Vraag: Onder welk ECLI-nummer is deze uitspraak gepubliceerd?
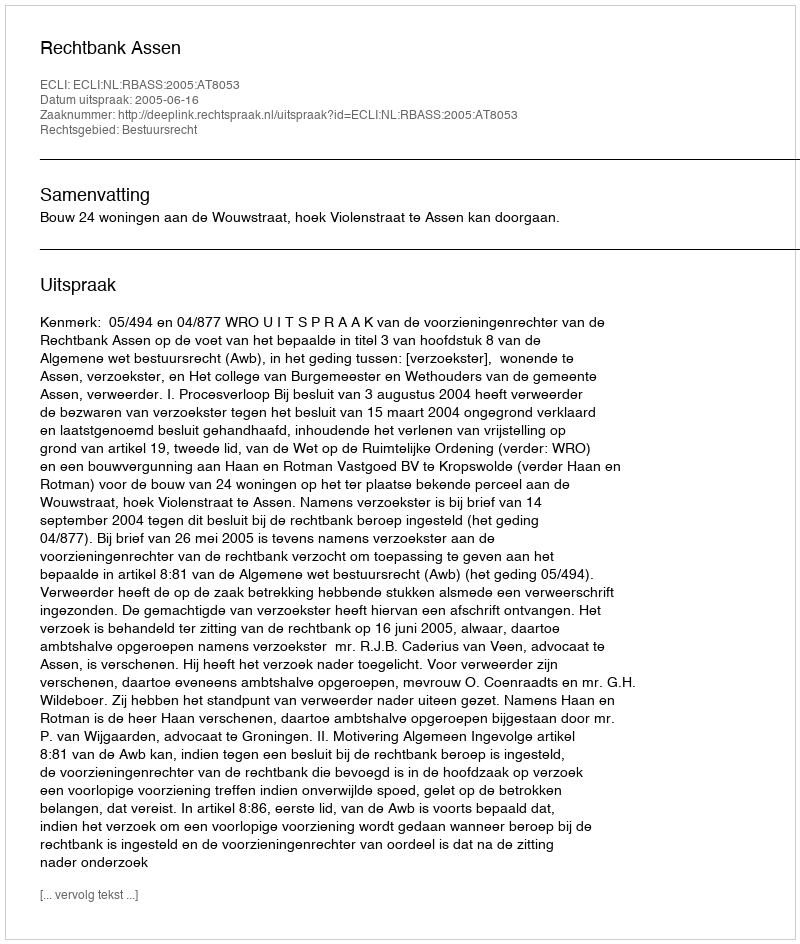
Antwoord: ECLI:NL:RBASS:2005:AT8053